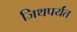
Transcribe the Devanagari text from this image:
जिथपर्यंत